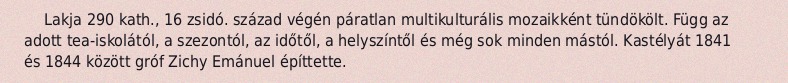
Lakja 290 kath., 16 zsidó. század végén páratlan multikulturális mozaikként tündökölt. Függ az adott tea-iskolától, a szezontól, az időtől, a helyszíntől és még sok minden mástól. Kastélyát 1841 és 1844 között gróf Zichy Emánuel építtette.